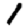
Digit: 1